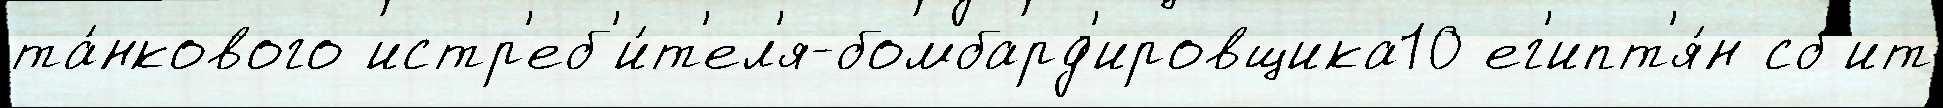
та́нкового истр'еб'и́т'ел'я-бомбард'ировщика10 ег'ипт'я́н сб'ит